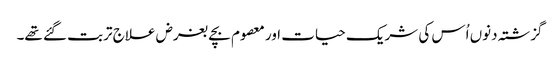
گزشتہ دنوں اُس کی شریک حیات اور معصوم بچے بغرض علاج تربت گئے تھے۔